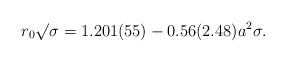
\begin{align*}{{r_0}{\surd\sigma}} = 1.201(55) - 0.56(2.48) a^2\sigma .\end{align*}